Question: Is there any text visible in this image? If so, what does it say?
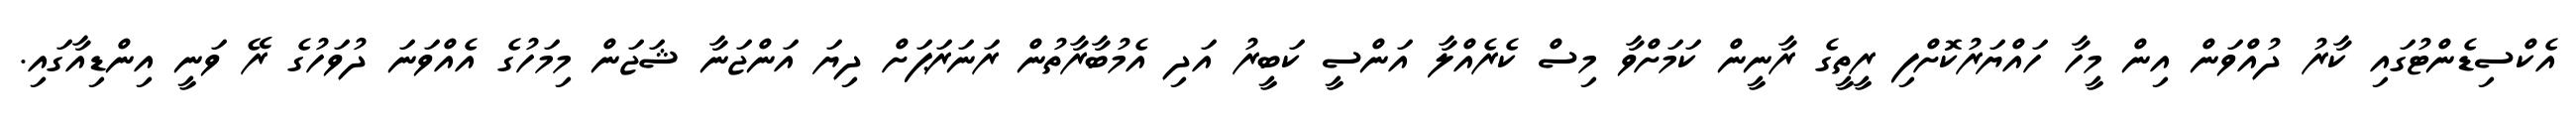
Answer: އެކްސިޑެންޓުގައި ކާރު ދުއްވަން އިން މީހާ ހައްޔަރުކޮށްފި ރީތީގެ ރާނީން ކަމަށްވާ މިސް ކެރެއްލާ އަންސީ ކަބީރު އަދި އެމުބާރާތުން ރަނަރަޕަށް ދިޔަ އަންޖަނާ ޝަޖަން މިމަހުގެ އެއްވަނަ ދުވަހުގެ ރޭ ވަނީ އިންޑިއާގައި.